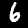
Label: 6